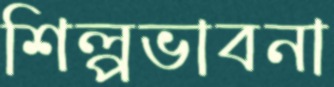
শিল্পভাবনা